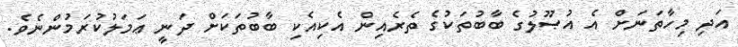
އަދި މިހާތަނަށް އެ އުޞޫލުގެ ބާބުތަކުގެ ތެރެއިން އެކިއެކި ބާބުތަކަށް ދަނީ ޢަމަލުކުރަމުންނެވެ.